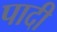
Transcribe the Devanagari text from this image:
पादी